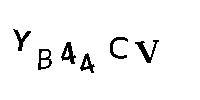
YB44CV